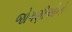
જોગણીઓનો